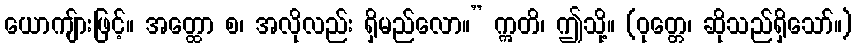
ယောကျ်ားဖြင့်။ အတ္ထော စ၊ အလိုလည်း ရှိမည်လော။” ဣတိ၊ ဤသို့။ (ဝုတ္တေ၊ ဆိုသည်ရှိသော်။)